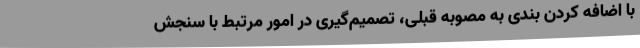
با اضافه کردن بندی به مصوبه قبلی، تصمیم‌گیری در امور مرتبط با سنجش